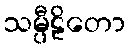
သမ္ပီဠိတော